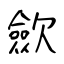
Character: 歛